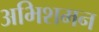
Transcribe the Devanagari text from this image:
अभिशमन